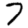
Digit: 7